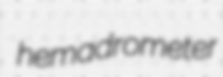
hemadrometer